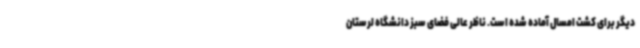
دیگر برای کشت امسال آماده شده است. ناظر عالی فضای سبز دانشگاه لرستان